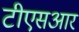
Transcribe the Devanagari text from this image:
टीएसआर